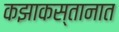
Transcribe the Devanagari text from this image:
कझाकस्तानात